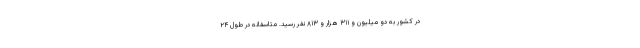
در کشور به دو میلیون و ۳۱۱ هزار و ۸۱۳ نفر رسید. متاسفانه در طول ۲۴